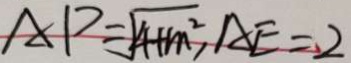
A P = \sqrt { 4 + m ^ { 2 } } , A E = 2